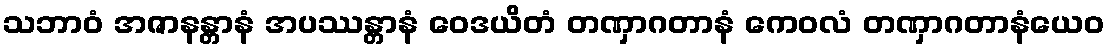
သဘာဝံ အဇာနန္တာနံ အပဿန္တာနံ ဝေဒယိတံ တဏှာဂတာနံ ကေဝလံ တဏှာဂတာနံယေဝ